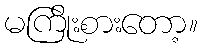
မကြိုးစားတော့။